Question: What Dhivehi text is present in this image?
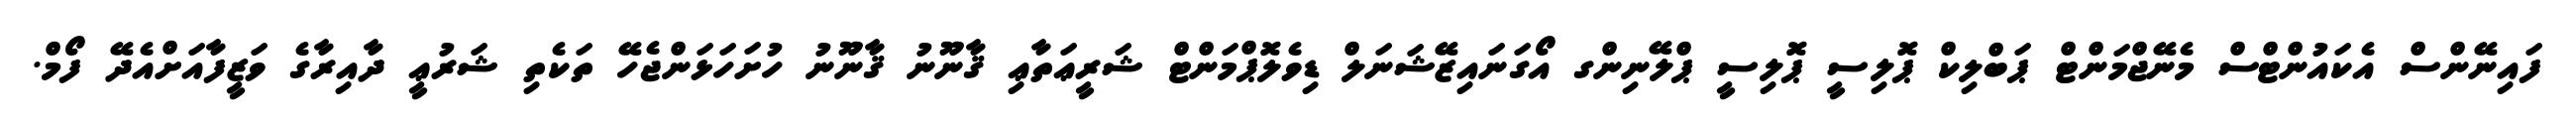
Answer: ފައިނޭންސް އެކައުންޓްސް މެނޭޖްމަންޓް ޕަބްލިކް ޕޮލިސީ ޕޮލިސީ ޕްލޭނިންގ އޯގަނައިޒޭޝަނަލް ޑިވެލޮޕްމަންޓް ޝަރީޢަތާޢި ޤާނޫނު ޤާނޫނު ހުށަހަޅަންޖެހޭ ތަކެތި ޝަރުޢީ ދާއިރާގެ ވަޒީފާއަށްއެދޭ ފޯމް.